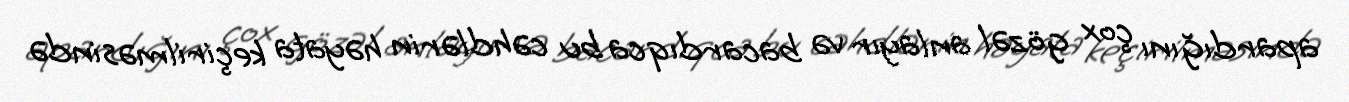
apardığını çox gözəl anlayır və bacardıqca bu cəhdlərin həyata keçirilməsində